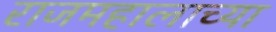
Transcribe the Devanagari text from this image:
राजमहालाच्या